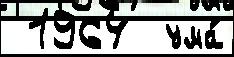
 1964  ума́